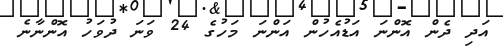
އަދި ދެން އޮންނަ އަޑުއެހުން އަންނަ މަހުގެ 24 ވަނަ ދުވަހު އޮންނާނެ